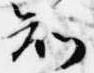
知